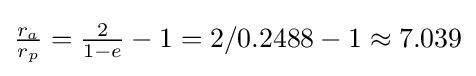
{\tfrac {r_{a}}{r_{p}}}={\tfrac {2}{1-e}}-1=2/0.2488-1\approx 7.039